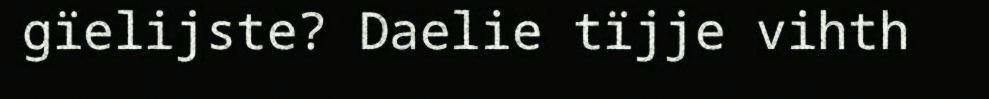
gïelijste? Daelie tïjje vihth